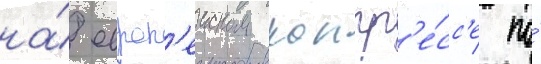
на́ европ'еиском конгр'е́сс'е по́